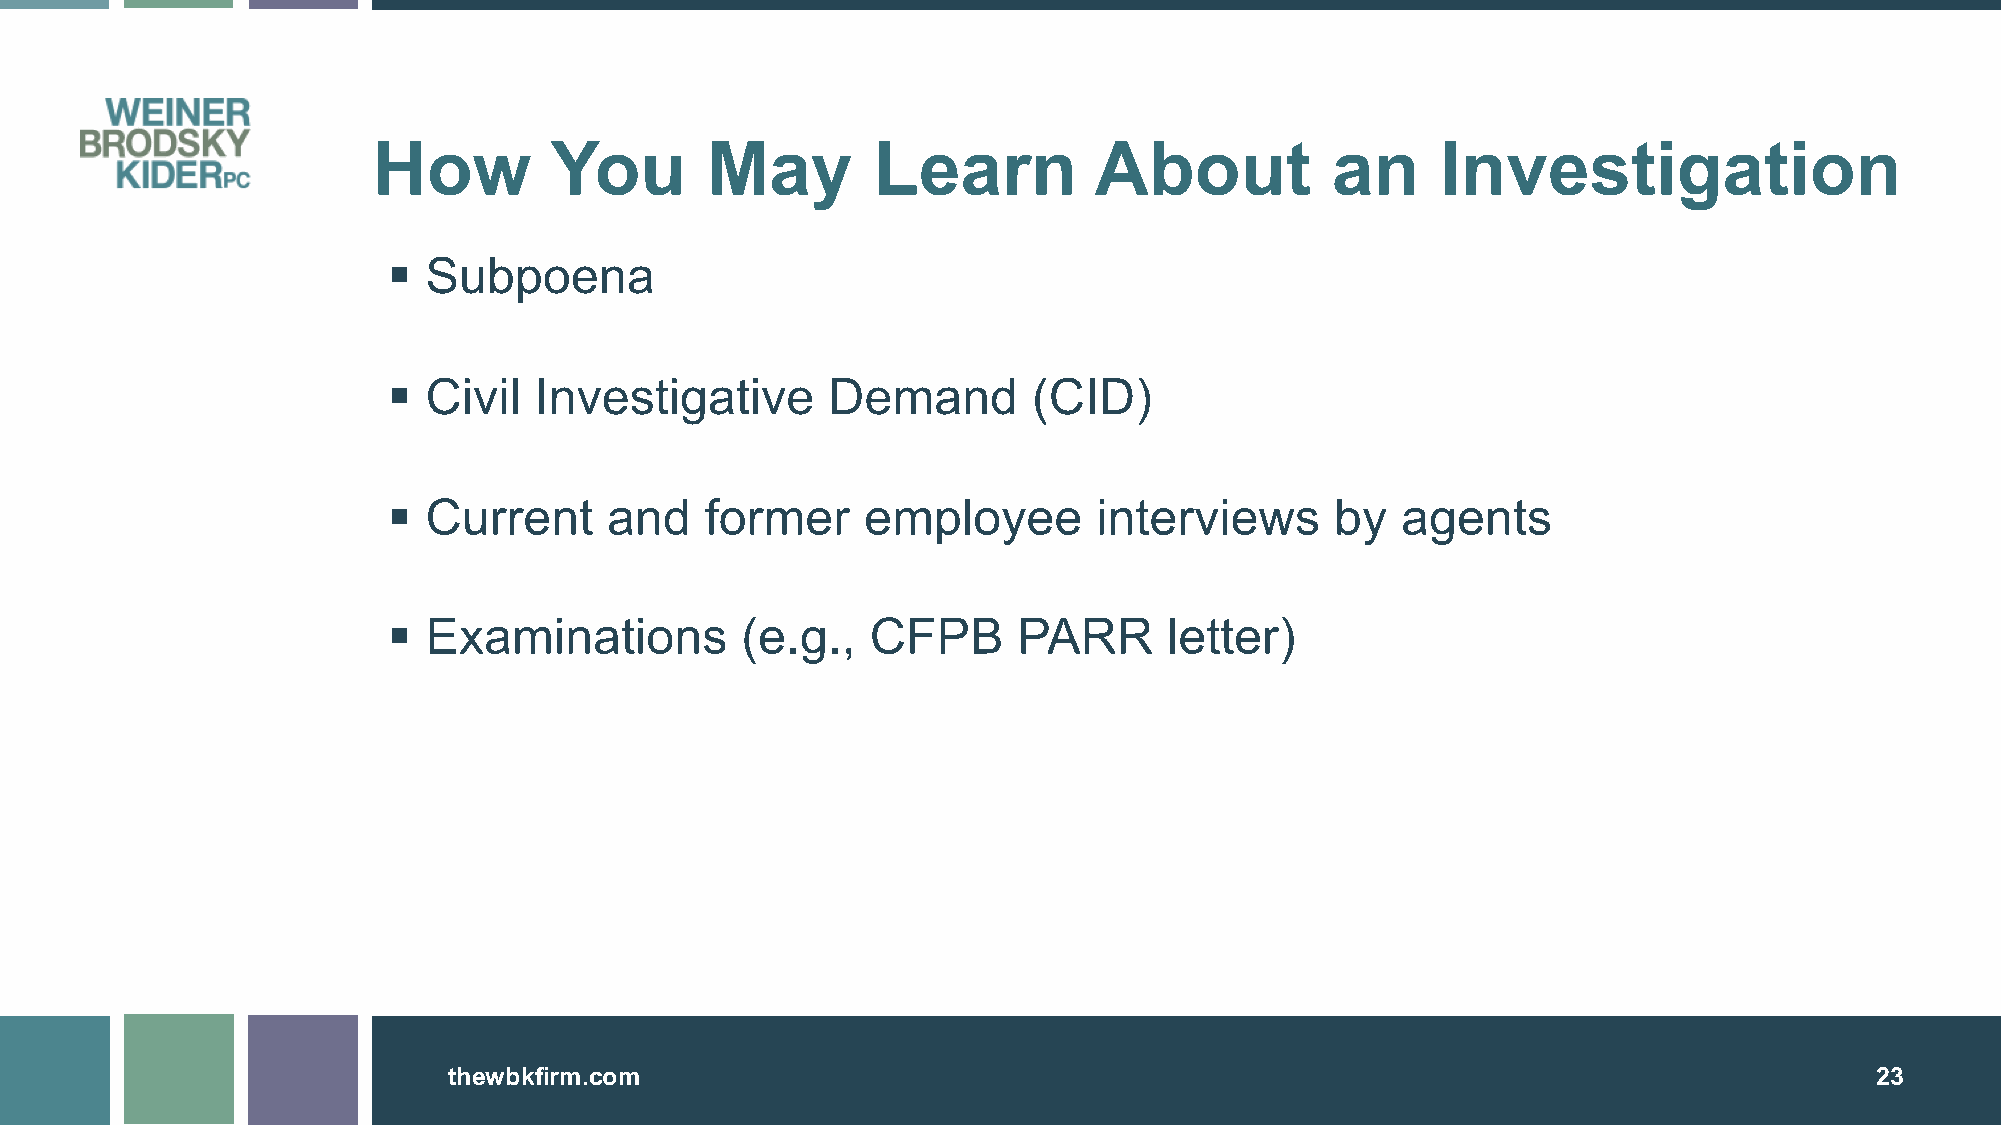
How        You        May        Learn         About           an     Investigation
 § Subpoena
 § Civil  Investigative       Demand       (CID)
 § Current     and    former    employee        interviews     by   agents
 § Examinations         (e.g.,   CFPB     PARR      letter)
 tthheewwbbkkffiirrmm..ccoomm                                                                  2233